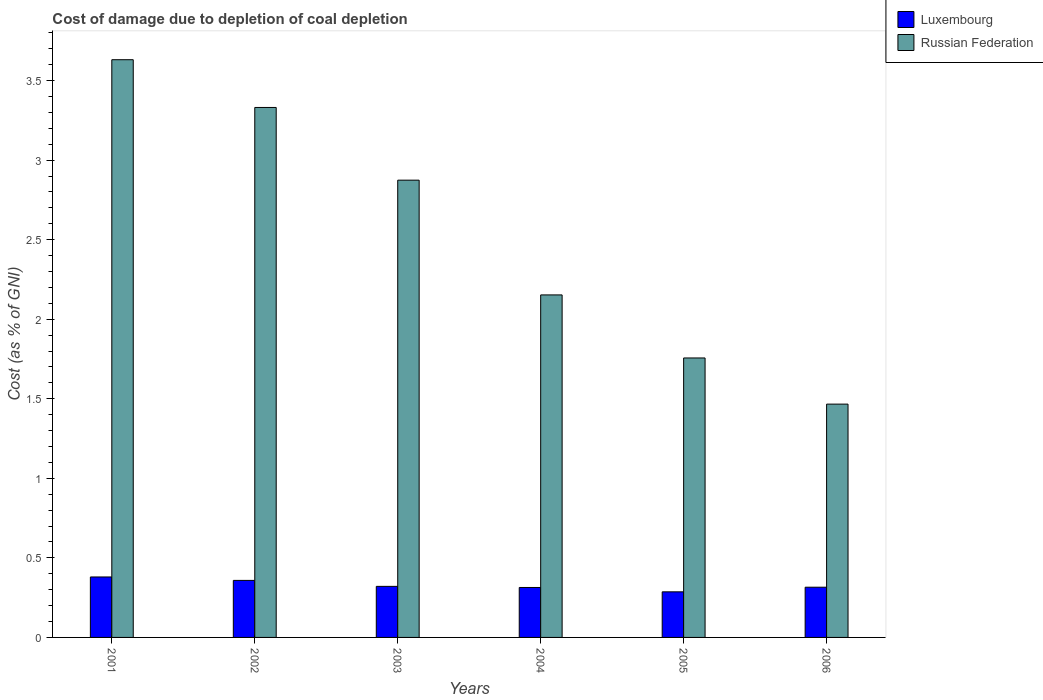
| Years | Luxembourg | Russian Federation |
 | --- | --- | --- |
 | 2001 | 0.38 | 3.63 |
 | 2002 | 0.358 | 3.33 |
 | 2003 | 0.321 | 2.87 |
 | 2004 | 0.314 | 2.15 |
 | 2005 | 0.287 | 1.76 |
 | 2006 | 0.316 | 1.47 |